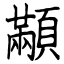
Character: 顢